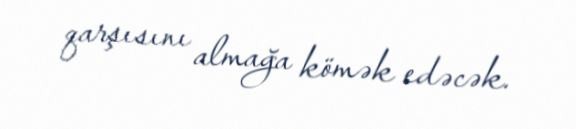
qarşısını almağa kömək edəcək.